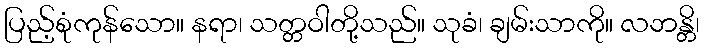
ပြည့်စုံကုန်သော။ နရာ၊ သတ္တဝါတို့သည်။ သုခံ၊ ချမ်းသာကို။ လဘန္တိ၊